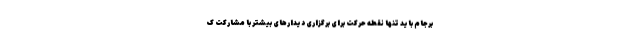
برجام باید تنها نقطه حرکت برای برگزاری دیدارهای بیشتر با مشارکت ک